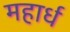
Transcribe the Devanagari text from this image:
महार्ध